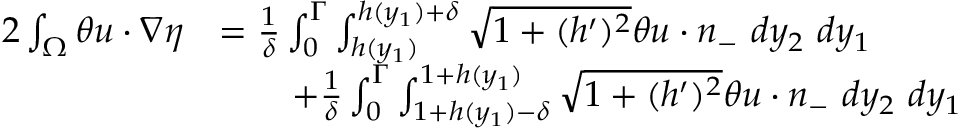
\begin{array} { r l } { 2 \int _ { \Omega } \theta u \cdot \nabla \eta } & { = \frac { 1 } { \delta } \int _ { 0 } ^ { \Gamma } \int _ { h ( y _ { 1 } ) } ^ { h ( y _ { 1 } ) + \delta } \sqrt { 1 + ( h ^ { \prime } ) ^ { 2 } } \theta u \cdot n _ { - } \ d y _ { 2 } \ d y _ { 1 } } \\ & { \qquad + \frac { 1 } { \delta } \int _ { 0 } ^ { \Gamma } \int _ { 1 + h ( y _ { 1 } ) - \delta } ^ { 1 + h ( y _ { 1 } ) } \sqrt { 1 + ( h ^ { \prime } ) ^ { 2 } } \theta u \cdot n _ { - } \ d y _ { 2 } \ d y _ { 1 } } \end{array}